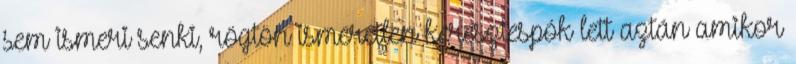
sem ismeri senki, rögtön ismeretlen keresztespók lett aztán amikor